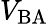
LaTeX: V_{\mathrm{BA}}